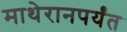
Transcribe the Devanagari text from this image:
माथेरानपर्यंत